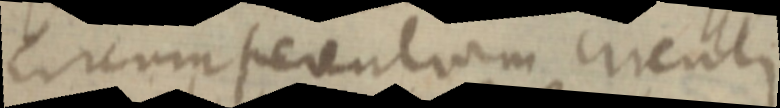
circumferentiam circuli